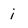
Character: i